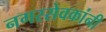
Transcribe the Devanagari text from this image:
नगरसेवकांनी